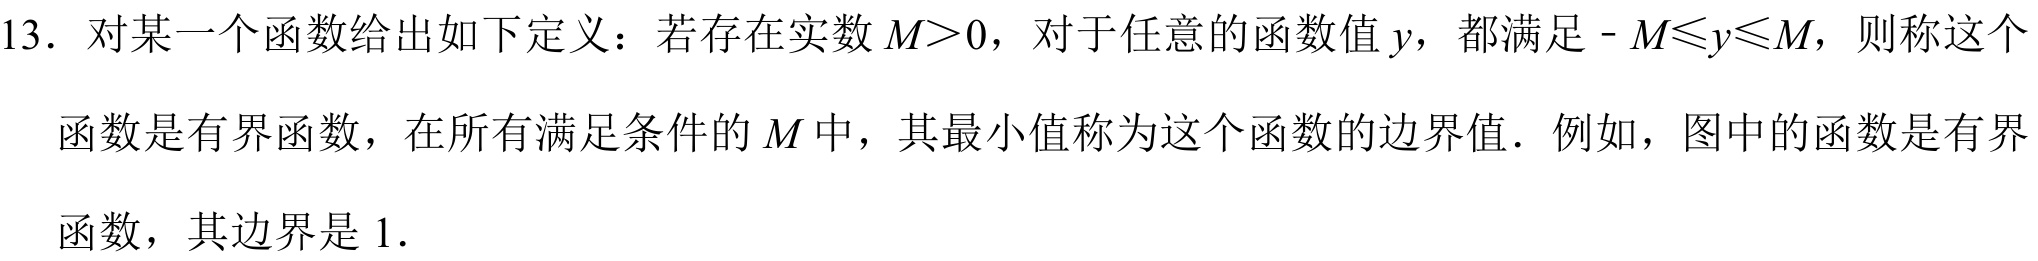
13. 对某一个函数给出如下定义：若存在实数$M > 0$，对于任意的函数值$y$，都满足 - $M\leqslant y\leqslant M$，则称这个函数是有界函数，在所有满足条件的$M$中，其最小值称为这个函数的边界值．例如，图中的函数是有界函数，其边界是$1$．